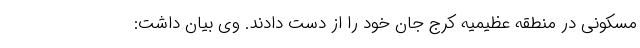
مسکونی در منطقه عظیمیه کرج جان خود را از دست دادند. وی بیان داشت: